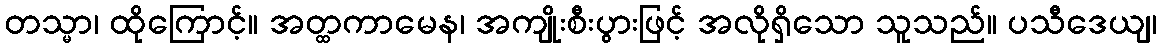
တသ္မာ၊ ထိုကြောင့်။ အတ္ထကာမေန၊ အကျိုးစီးပွားဖြင့် အလိုရှိသော သူသည်။ ပသီဒေယျ၊